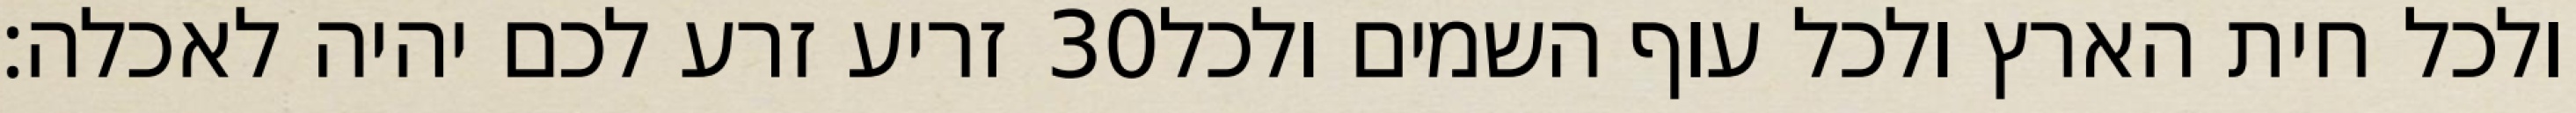
זריע זרע לכם יהיה לאכלה׃ ‎30‏ ולכל חית הארץ ולכל עוף השמים ולכל